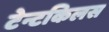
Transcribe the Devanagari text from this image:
टेन्टकिलस